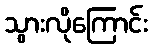
သွားလိုကြောင်း